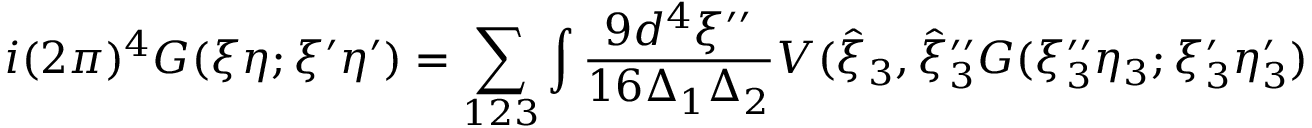
i ( 2 \pi ) ^ { 4 } G ( \xi \eta ; \xi ^ { \prime } \eta ^ { \prime } ) = \sum _ { 1 2 3 } \int \frac { 9 d ^ { 4 } \xi ^ { \prime \prime } } { 1 6 \Delta _ { 1 } \Delta _ { 2 } } V ( { \hat { \xi } } _ { 3 } , { \hat { \xi } } _ { 3 } ^ { \prime \prime } G ( \xi _ { 3 } ^ { \prime \prime } \eta _ { 3 } ; \xi _ { 3 } ^ { \prime } \eta _ { 3 } ^ { \prime } )